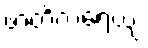
ဖာတိကရေယျ